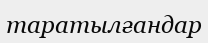
таратылғандар